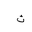
Letter: _tha